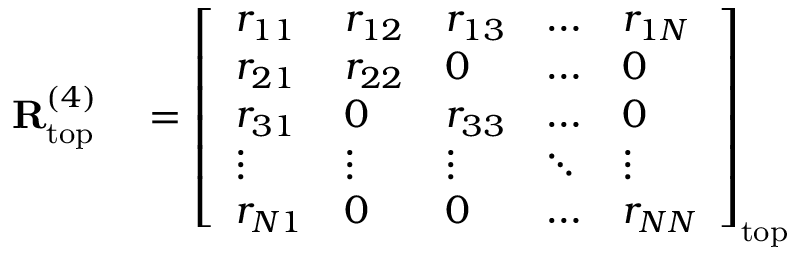
\begin{array} { r l } { \mathbf { R } _ { \mathrm { t o p } } ^ { ( 4 ) } } & { { } = \left[ \begin{array} { l l l l l } { r _ { 1 1 } } & { r _ { 1 2 } } & { r _ { 1 3 } } & { \dots } & { r _ { 1 N } } \\ { r _ { 2 1 } } & { r _ { 2 2 } } & { 0 } & { \dots } & { 0 } \\ { r _ { 3 1 } } & { 0 } & { r _ { 3 3 } } & { \dots } & { 0 } \\ { \vdots } & { \vdots } & { \vdots } & { \ddots } & { \vdots } \\ { r _ { N 1 } } & { 0 } & { 0 } & { \dots } & { r _ { N N } } \end{array} \right] _ { \mathrm { t o p } } } \end{array}